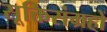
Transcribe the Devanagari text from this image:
सूक्तिसंग्रहों